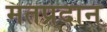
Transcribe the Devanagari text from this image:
मतप्रदान